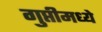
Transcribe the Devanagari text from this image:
गुप्तीमध्ये